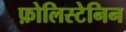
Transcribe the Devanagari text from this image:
फ़ोलिस्टेनिन